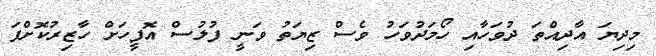
މިދިޔަ އާދިއްތަ ދުވަހާއި ހޯމަދުވަހު ވެސް ޒިޔަތު ވަނީ ފުލުސް އޮފީހަށް ހާޒިރުކޮށްފަ